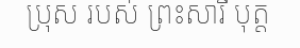
ប្រុស របស់ ព្រះសារី បុត្ត